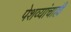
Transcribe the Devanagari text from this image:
पेशव्यांचाही